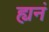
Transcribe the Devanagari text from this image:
ह्यनं